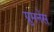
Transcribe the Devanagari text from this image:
ग्रुमनेंस